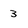
Character: 3